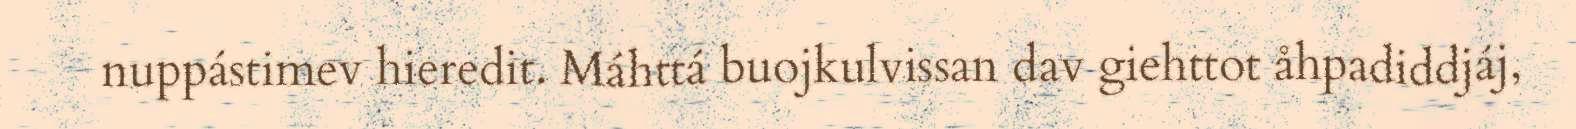
nuppástimev hieredit. Máhttá buojkulvissan dav giehttot åhpadiddjáj,